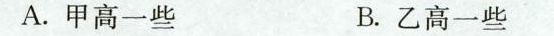
A.甲高一些 B.乙高一些